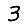
Digit: 3